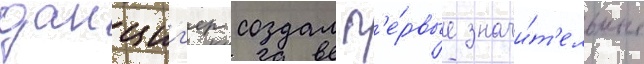
данциг'ер создал п'е́рвые значи́т'ельные